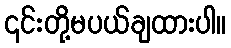
၎င်းတို့မပယ်ချထားပါ။